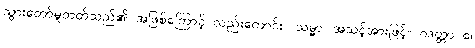
သွားတော်မူတတ်သည်၏ အဖြစ်ကြောင့် လည်းကောင်း။ သမ္မာ၊ အသင့်အားဖြင့်။ ဂဒတ္တာ စ၊